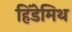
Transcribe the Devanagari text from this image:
हिंडेमिथ